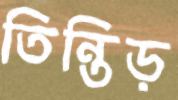
তিন্তিড়